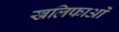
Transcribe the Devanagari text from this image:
खलिफाओं